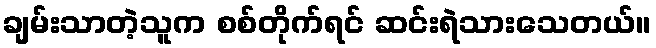
ချမ်းသာတဲ့သူက စစ်တိုက်ရင် ဆင်းရဲသားသေတယ်။